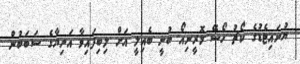
ޔުނައިޓެޑުގެ ކޯޗު ހޯސޭ މޮރީނިއޯ ބުނީ ބެއިލީ އަށް ލިބިފައިވާ އަނިޔާގެ ސަބަބުން